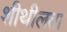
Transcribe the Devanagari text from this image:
शीथीलता